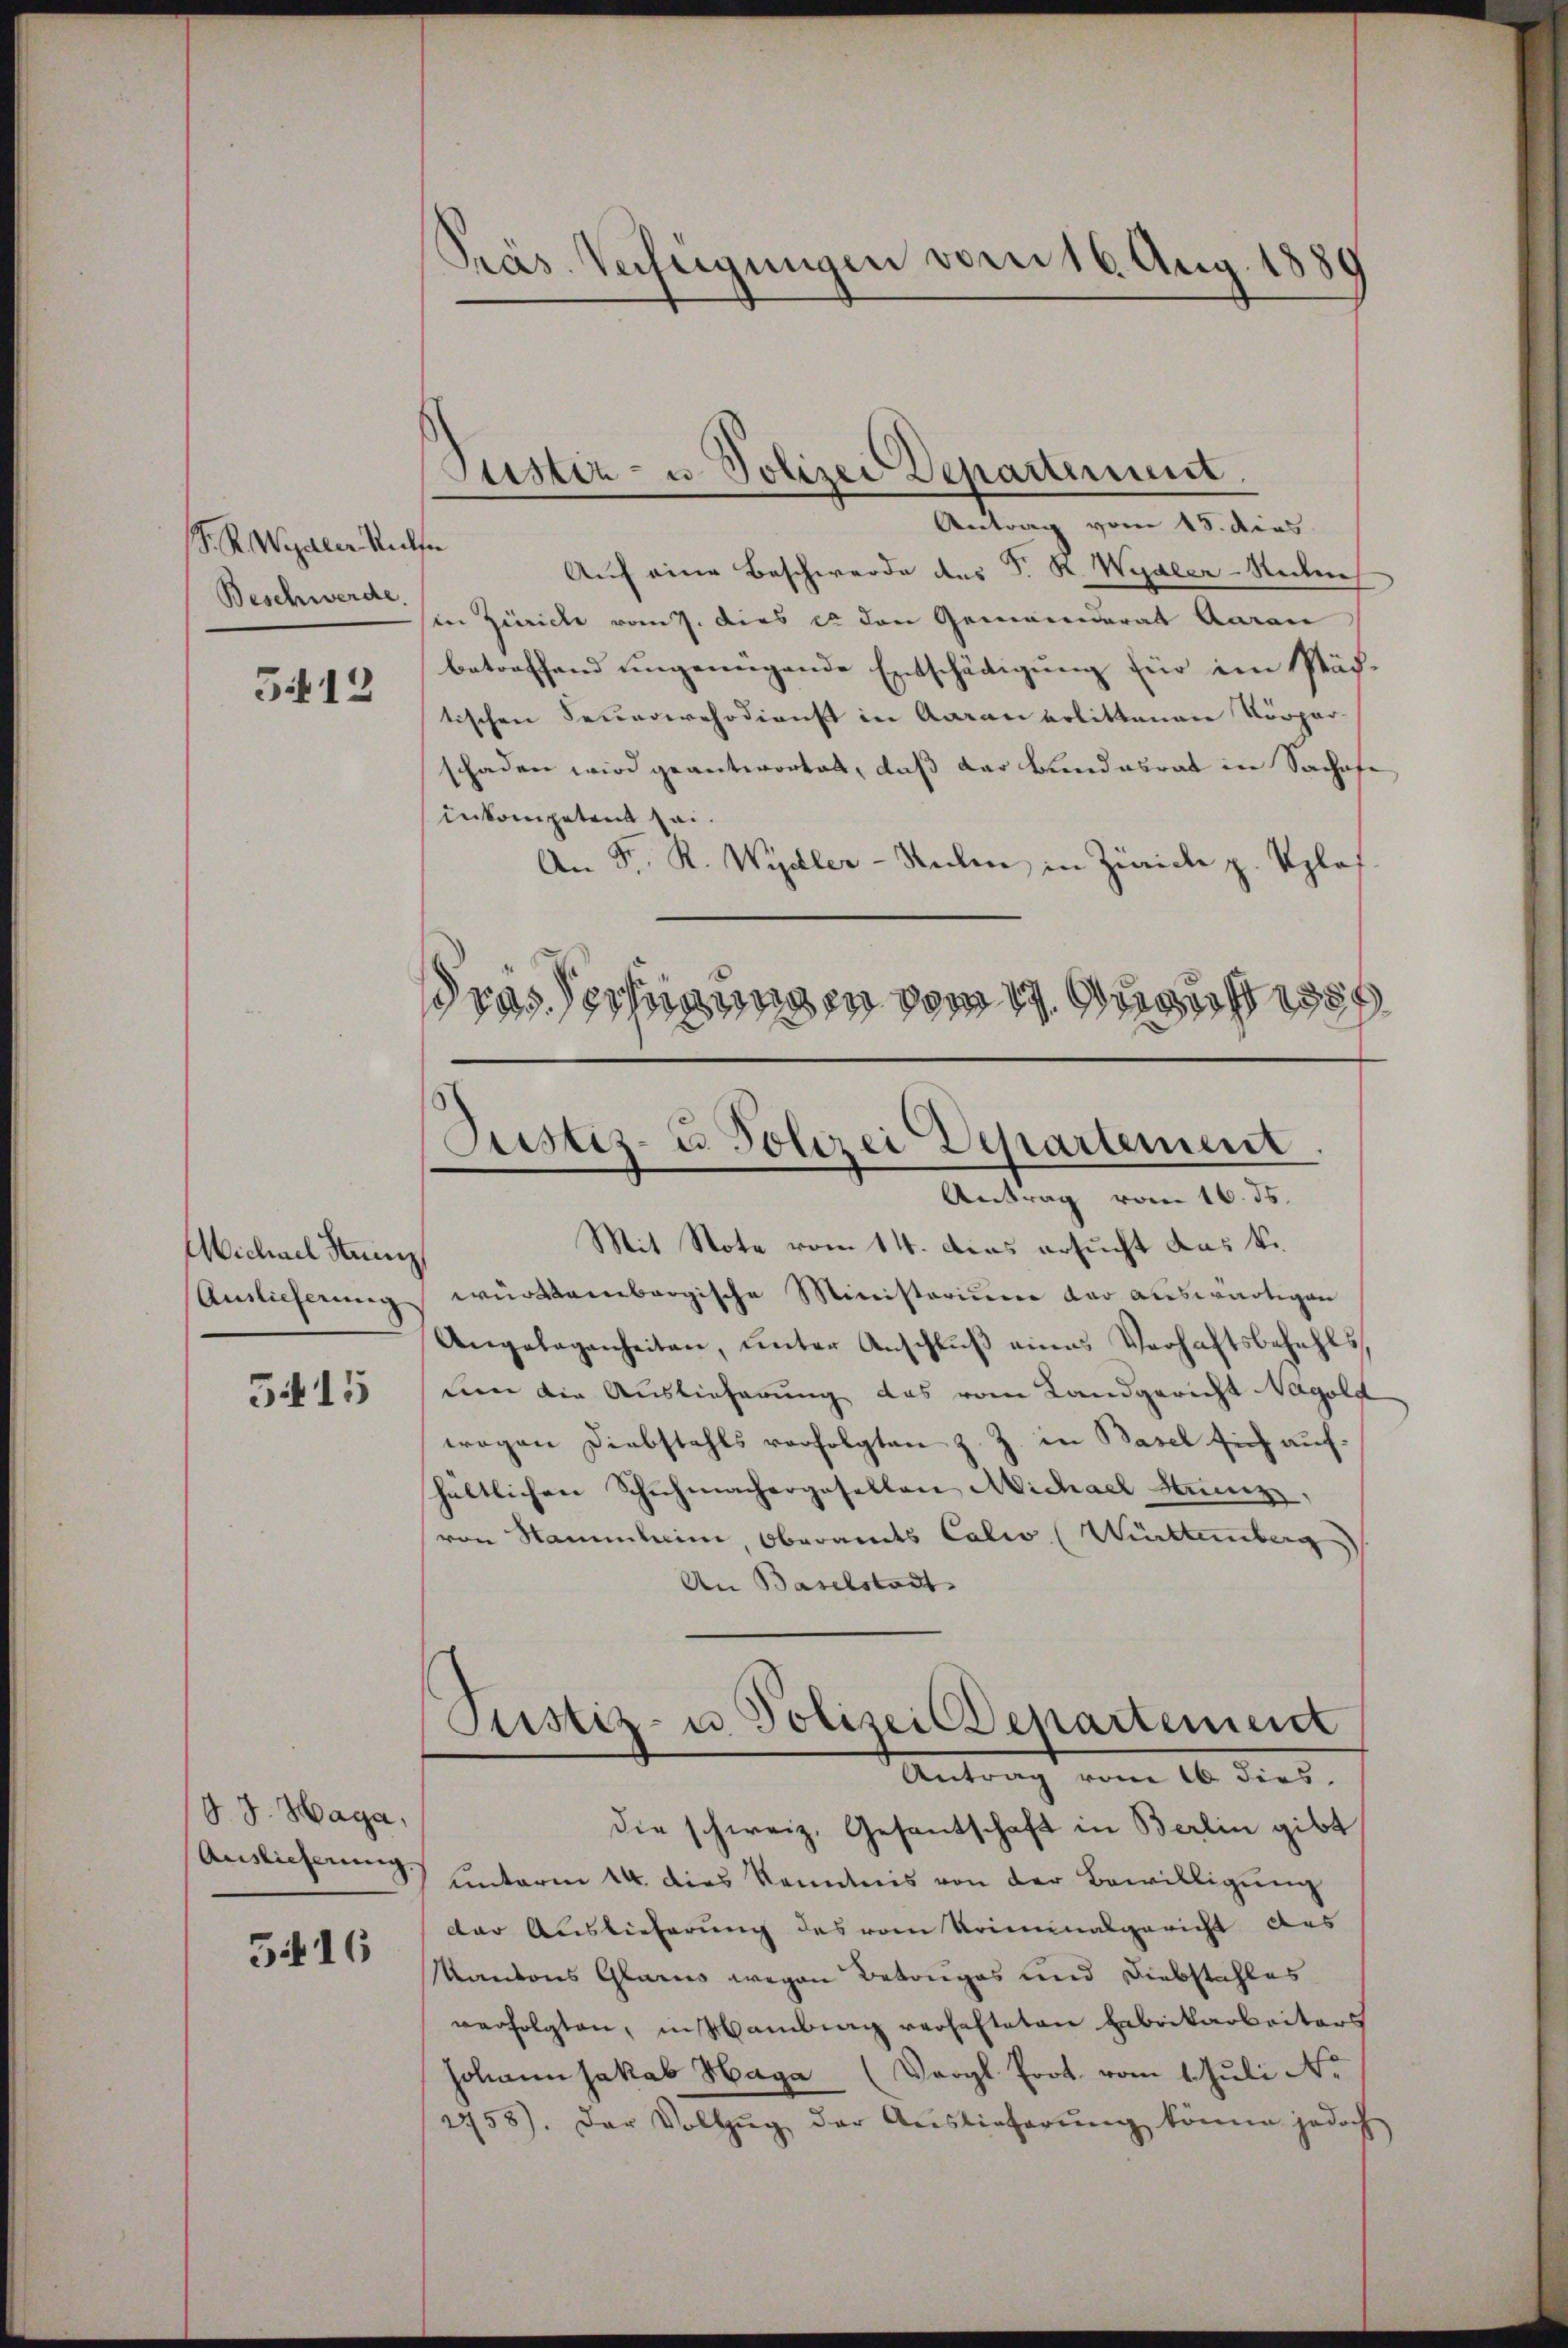
S. R. Wegaler Relf
if 12

Michael Stuinz
Auslieferung

5415

P. J. Haga,
Auslieferung.

5416

Präs. Verfeigungen vom 16. Aug. 1889

Antrag vom 15. dies
Auf eine Beschwerde des P. R. Wydler-Secre
Beschwert in Zürich vom 7. dies et den Gemeinderat Aarau
betreffend ungenügende Entschädigung für im Stäftischen Feuerwehrdienst in Aarau erlittenen Körper-
schaden wird geantwortet, daß der Bundesrat in Sachofe
inkompetent sei.
An Fr. R. Wydler - Stecker in Zürich p. Uplof
drassertigungen vom 1. Augus

Justiz- u. Polizei Departement.

Mit Stote vom 14. das ersucht das k.
würkennbargische Ministerium der auswärtigen
Angelegenheiten, ŭnter Anschlŭβ eines Verhaftsbefehls
mer die Auslieferung das vom Landgericht Nagold
wogen Diebstahls vorfolgten z. Z. in Basel sich aufhältlichen Schuhmachergesellen Michael Kunz,
von Sammleine, Oberamts Calw (Württemberg)
An Baselstadt
Justiz- u. Polizei Departement
Antrag vom 16. dies
die schweiz. Gesantschaft in Berlin gibt
unterm 14. dies kenntnis von der Bewilligung
der Auslieferung des vom Kriminalgericht aus
Kantons Glarus wegen Betruges und Diebstahles
verfolgten, in Hambung verhalteten Erbeikarbeiters
Johann Jakob Haga (Vergl. Prot. vom 1. Juli N.
1758). Der Vollzŭg der Auslieferŭng könne jedoch

Justiz- u. Polizei Departement.
Antrag vom 16. ds.